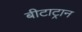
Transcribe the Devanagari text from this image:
बीटाट्रान